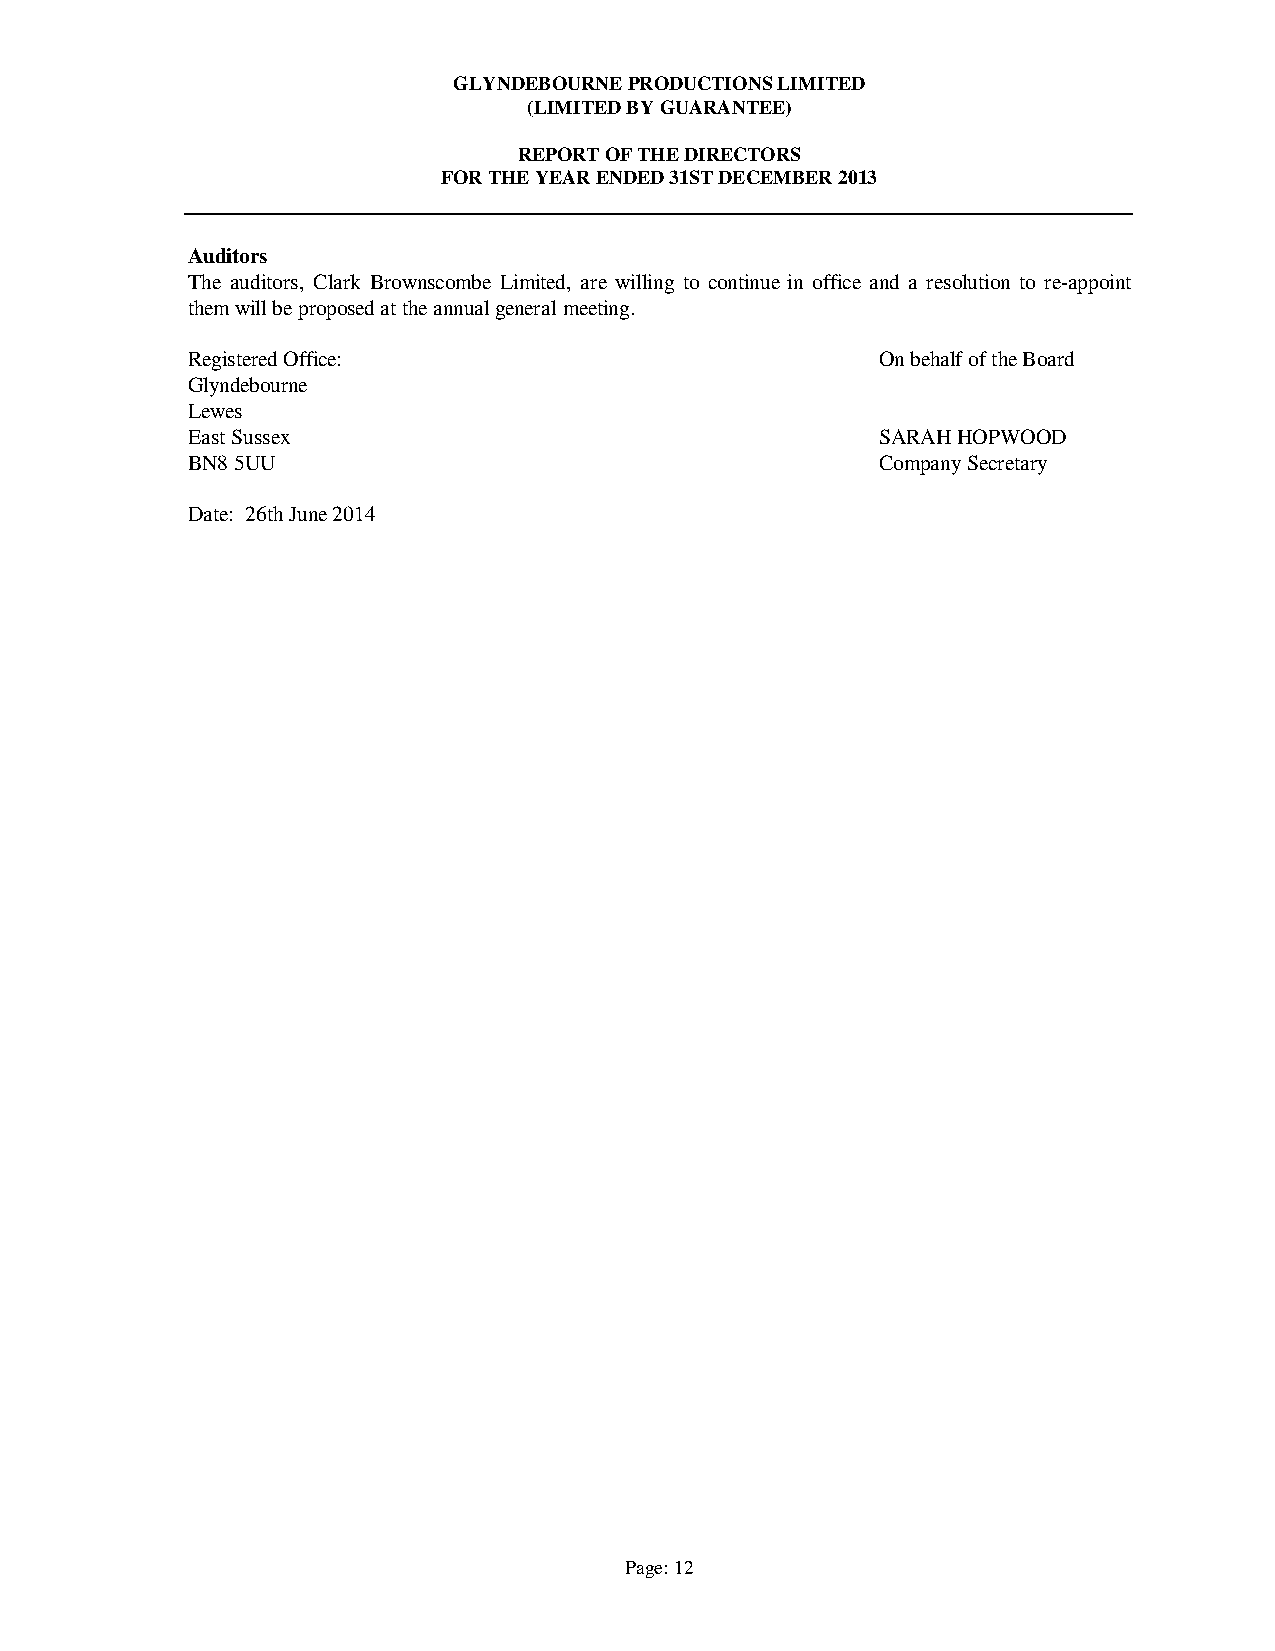
GLYNDEBOURNE PRODUCTIONS LIMITED
 (LIMITED BY GUARANTEE)
 REPORT OF THE DIRECTORS
 FOR THE YEAR ENDED 31ST DECEMBER 2013
 Auditors
 The auditors, Clark Brownscombe Limited, are willing to continue in office and a resolution to re-appoint
 them will be proposed at the annual general meeting.
 Registered Office:                            On behalf of the Board
 Glyndebourne
 Lewes
 East Sussex                                   SARAH HOPWOOD
 BN8 5UU                                       Company Secretary
 Date: 26th June 2014
 Page: 12